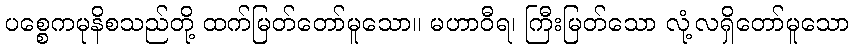
ပစ္စေကမုနိစသည်တို့ ထက်မြတ်တော်မူသော။ မဟာဝီရ၊ ကြီးမြတ်သော လုံ့လရှိတော်မူသော